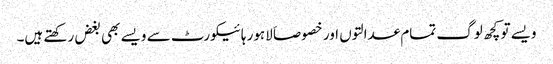
ویسے تو کچھ لوگ تمام عدالتوں اور خصوصاَ لاہور ہائیکورٹ سے ویسے بھی بغض رکھتے ہیں۔